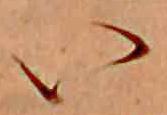
い